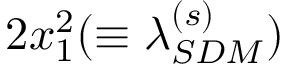
2 x _ { 1 } ^ { 2 } ( \equiv \lambda _ { S D M } ^ { ( s ) } )